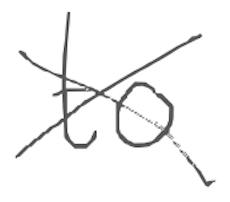
Text: to
Cross-out: cross
Writing tool: digital_gray